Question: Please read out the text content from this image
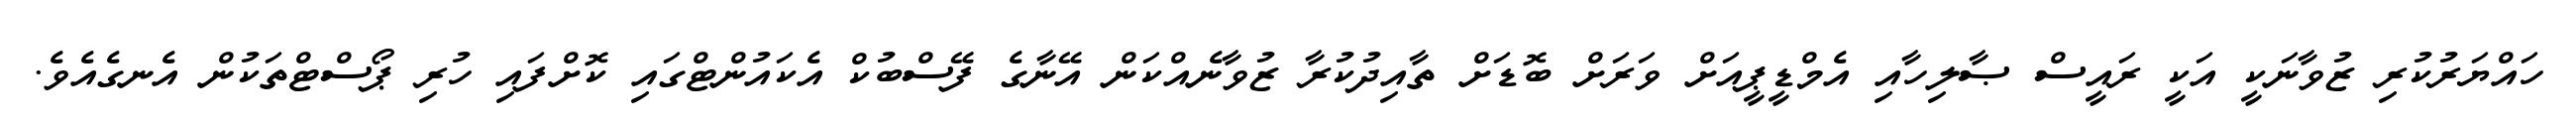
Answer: ހައްޔަރުކުރި ޒުވާނަކީ އަކީ ރައީސް ޞާލިހާއި އެމްޑީޕީއަށް ވަރަށް ބޮޑަށް ތާއިދުކުރާ ޒުވާނެއްކަން އޭނާގެ ފޭސްބުކް އެކައުންޓްގައި ކޮށްފައި ހުރި ޕޯސްޓްތަކުން އެނގެއެވެ.